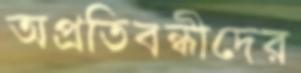
অপ্রতিবন্ধীদের